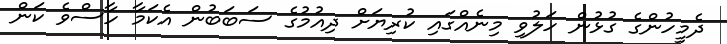
ދެމީހުންގެ ގުޅުން ހަލުވި މިނެއްގައި ކުރިޔަށް ދިއުމުގެ ސަބަބުން އެކަމާ ހާސްވެ ކަން